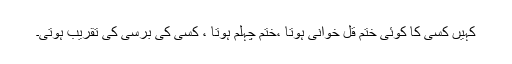
کہیں کسی کا کوئی ختم قل خوانی ہوتا ،ختم چہلم ہوتا ، کسی کی برسی کی تقریب ہوتی۔